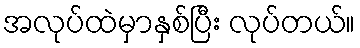
အလုပ်ထဲမှာနှစ်ပြီး လုပ်တယ်။